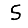
Digit: 5